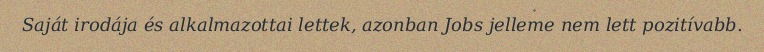
Saját irodája és alkalmazottai lettek, azonban Jobs jelleme nem lett pozitívabb.